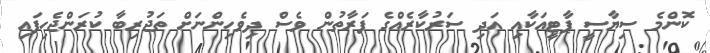
ކޮންމެ ސިޔާސީ ޕާޓީއަކާއި އަދި ސަރުކާރެއްގެ ފަރާތުން ވެސް ދިވެހިންނަށް ތަޖުރިބާ ކުރަންޖެހިފައި